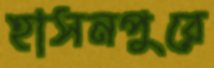
হাসনপুরে